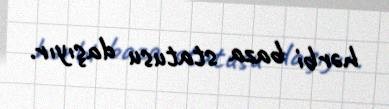
hərbi baza statusu daşıyır.